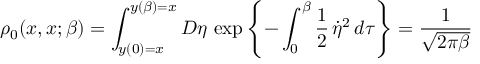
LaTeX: \rho _ { 0 } ( x , x ; \beta ) = \int _ { y ( 0 ) = x } ^ { y ( \beta ) = x } { \cal D } \eta \, \exp \left\{ - \int _ { 0 } ^ { \beta } \frac { 1 } { 2 } \, \dot { \eta } ^ { 2 } \, d \tau \right\} = \frac { 1 } { \sqrt { 2 \pi \beta } }